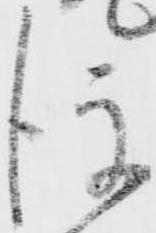
後